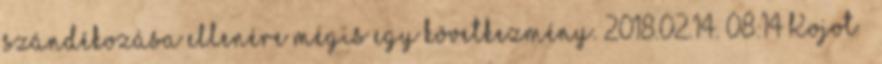
szándékozása ellenére mégis egy következmény. 2018.02.14. 08:14 Kojot –